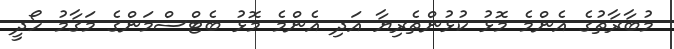
މުބާރާތުގެ އެންމެ މޮޅު ކުޅުންތެރިޔާ އަދި އެންމެ މޮޅު ބެޓްސްމަންގެ މަގާމު ހޯދީ